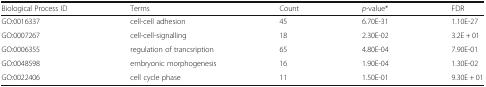
<table><thead><tr><td><b>Biological Process ID</b></td><td><b>Terms</b></td><td><b>Count</b></td><td><b><i>p</i>-value*</b></td><td><b>FDR</b></td></tr></thead><tbody><tr><td>GO:0016337</td><td>cell-cell adhesion</td><td>45</td><td>6.70E-31</td><td>1.10E-27</td></tr><tr><td>GO:0007267</td><td>cell-cell-signalling</td><td>18</td><td>2.30E-02</td><td>3.2E + 01</td></tr><tr><td>GO:0006355</td><td>regulation of trancsription</td><td>65</td><td>4.80E-04</td><td>7.90E-01</td></tr><tr><td>GO:0048598</td><td>embryonic morphogenesis</td><td>16</td><td>1.90E-04</td><td>1.30E-02</td></tr><tr><td>GO:0022406</td><td>cell cycle phase</td><td>11</td><td>1.50E-01</td><td>9.30E + 01</td></tr></tbody></table>